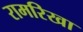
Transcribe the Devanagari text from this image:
रामरिखा